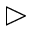
\vartriangleright